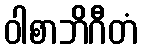
ဝါစာဘိဂီတံ